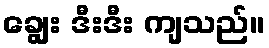
ချွေး ဒီးဒီး ကျသည်။